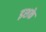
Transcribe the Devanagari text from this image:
इशके